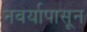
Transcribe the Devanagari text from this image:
नवर्यापासून